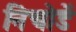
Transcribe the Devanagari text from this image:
निचोडें